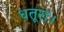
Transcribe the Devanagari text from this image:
धतूरा।